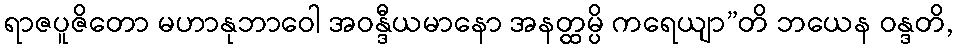
ရာဇပူဇိတော မဟာနုဘာဝေါ အဝန္ဒီယမာနော အနတ္ထမ္ပိ ကရေယျာ”တိ ဘယေန ဝန္ဒတိ,